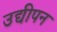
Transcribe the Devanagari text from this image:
उद्यीपन